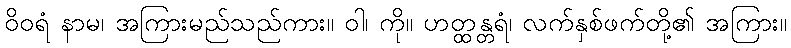
ဝိဝရံ နာမ၊ အကြားမည်သည်ကား။ ဝါ၊ ကို။ ဟတ္ထန္တရံ၊ လက်နှစ်ဖက်တို့၏ အကြား။